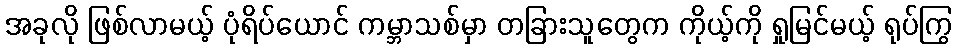
အခုလို ဖြစ်လာမယ့် ပုံရိပ်ယောင် ကမ္ဘာသစ်မှာ တခြားသူတွေက ကိုယ့်ကို ရှုမြင်မယ့် ရုပ်ကြွ